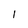
Character: 1